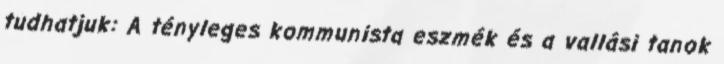
tudhatjuk: A tényleges kommunista eszmék és a vallási tanok